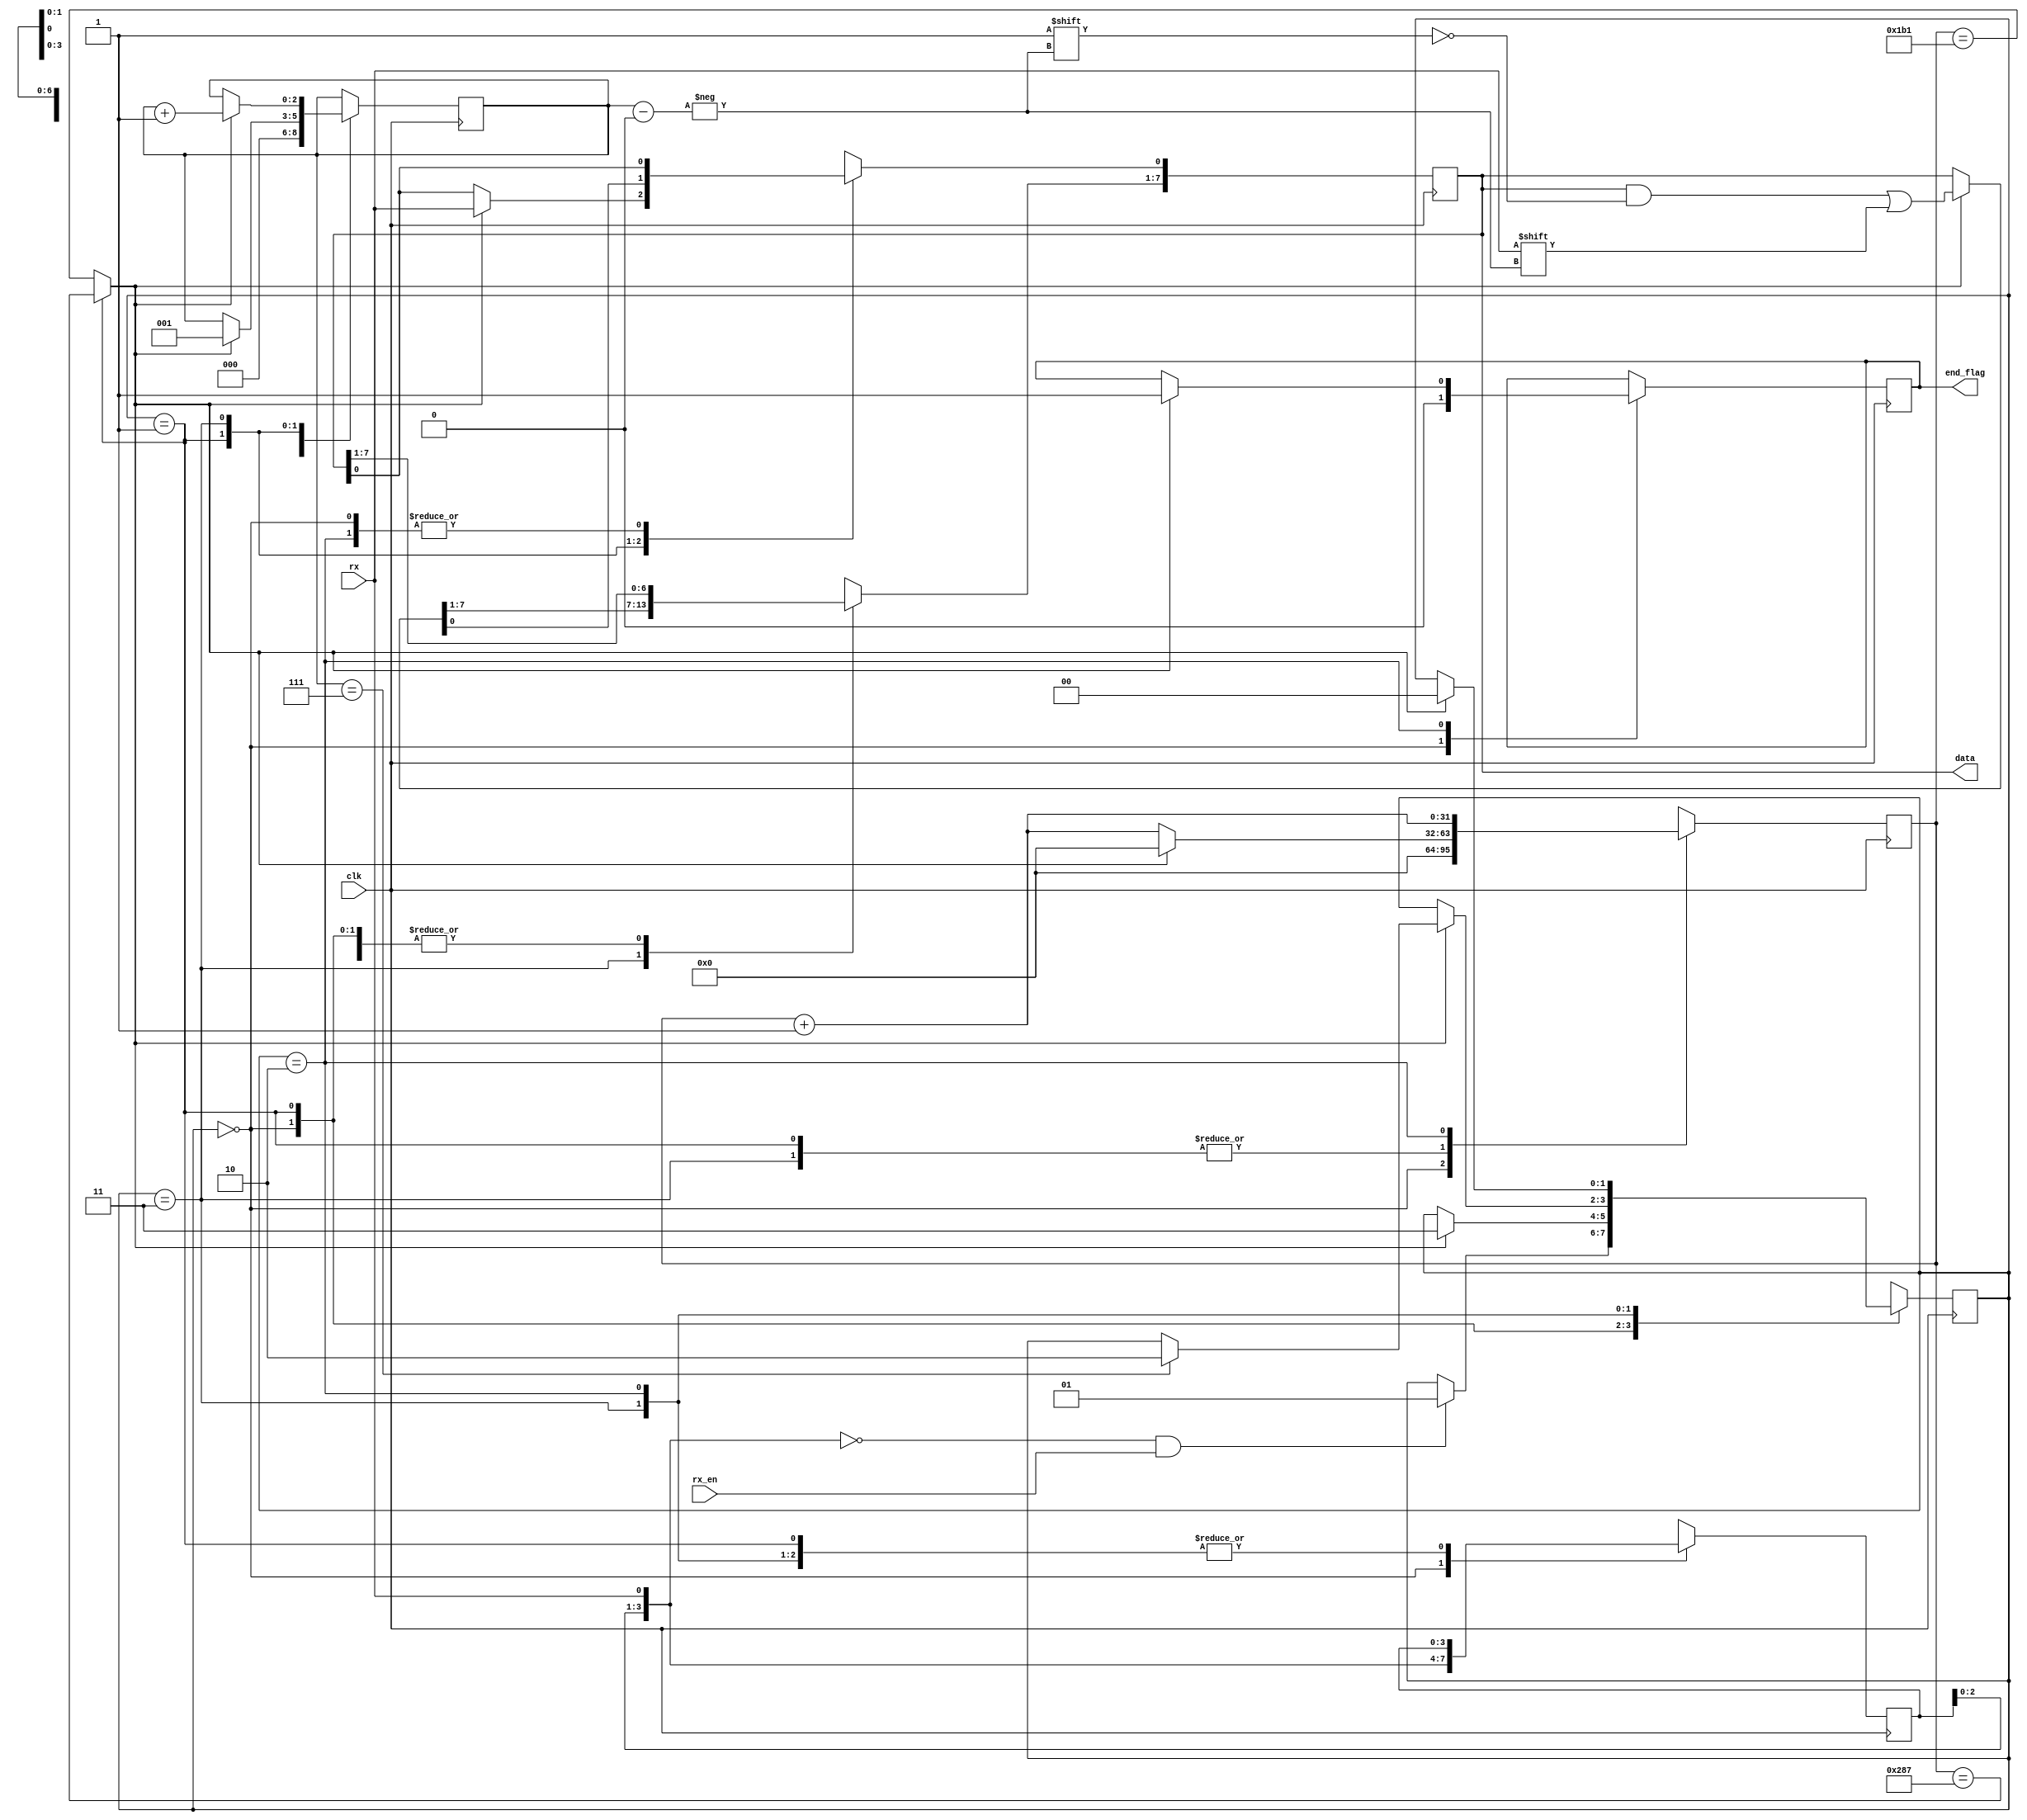
module rx(clk, rx_en, rx, data, end_flag);
    input wire clk;
    input wire rx_en;
    input wire rx;
    output reg[7:0] data = 8'b00000000;
    output reg end_flag = 1'b0;

    parameter CLK_FREQ = 50_000_000;
    parameter BAUD_RATE = 115200;
    parameter CLK_COUNT_BIT = CLK_FREQ / BAUD_RATE;
    parameter CLK_BEGIN_TO_RECEIVE = CLK_COUNT_BIT + CLK_COUNT_BIT / 2 - 4;
    
    reg[1:0] state = 2'b00;
    reg[31:0] clk_count = 32'd0;
    reg[2:0] bit_count = 3'd0;
    reg[3:0] recent = 4'b1111;
    wire update_flag;

    assign update_flag = (state == 2'b01) 
        ? clk_count == CLK_BEGIN_TO_RECEIVE 
        : clk_count == CLK_COUNT_BIT - 32'd1;
    
    always @(posedge clk) begin
        case(state)
            2'b00: begin
                clk_count <= 32'd0;
                bit_count <= 3'd0;
                end_flag <= 1'b0;
                recent = {recent[2:0], rx};
                state = (recent == 4'b0000) & rx_en ? 2'b01 : state;
            end
            2'b01: begin
                clk_count <= clk_count + 32'd1;
                if(update_flag) begin
                    state = 2'b11;
                    clk_count <= 32'd0;
                    data[2'd0] <= rx;
                    bit_count <= 3'd1;
                end
            end
            2'b11: begin
                clk_count <= clk_count + 32'd1;
                if(update_flag) begin
                    state <= (bit_count == 3'd7) ? 2'b10 : state;
                    data[bit_count] <= rx;
                    bit_count <= bit_count + 3'd1;
               clk_count <= 32'd0;
                end
            end
            2'b10: begin
                clk_count <= clk_count + 32'd1;
                if(update_flag) begin
                    state <= 2'b00;
                    end_flag <= 1'b1;
                end
            end
        endcase
    end
endmodule